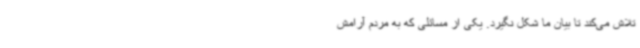
تلاش می‌کند تا بیان ما شکل نگیرد. یکی از مسائلی که به مردم آرامش